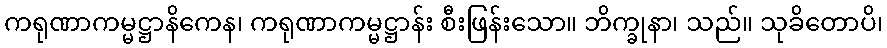
ကရုဏာကမ္မဋ္ဌာနိကေန၊ ကရုဏာကမ္မဋ္ဌာန်း စီးဖြန်းသော။ ဘိက္ခုနာ၊ သည်။ သုခိတောပိ၊